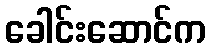
ခေါင်းဆောင်က